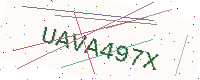
Text: UAVA497X